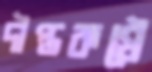
দীপ্তকণ্ঠে